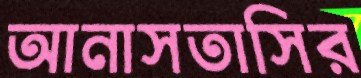
আনাসতাসির